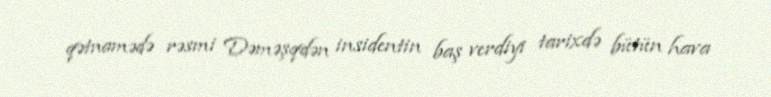
qətnamədə rəsmi Dəməşqdən insidentin baş verdiyi tarixdə bütün hava